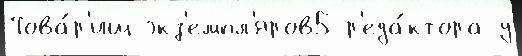
Това́р'ищ экз'емпл'яров5 р'еда́ктора у